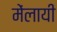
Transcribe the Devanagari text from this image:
मेंलायी